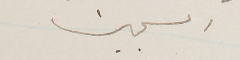
السجين